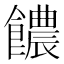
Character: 𩟊